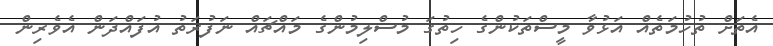
އެތަށް ތުހުމަތެއް އަޅުވާ މީސްތަކުންގެ ހިތުގަ މުސްލިމުންގެ މައްޗައް ނަފުރަތު އުފައްދަން އެވެރިން